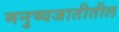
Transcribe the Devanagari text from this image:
मनुष्यजातीतील